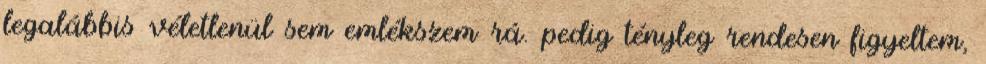
legalábbis véletlenül sem emlékszem rá. pedig tényleg rendesen figyeltem,